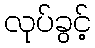
လုပ်ခွင့်